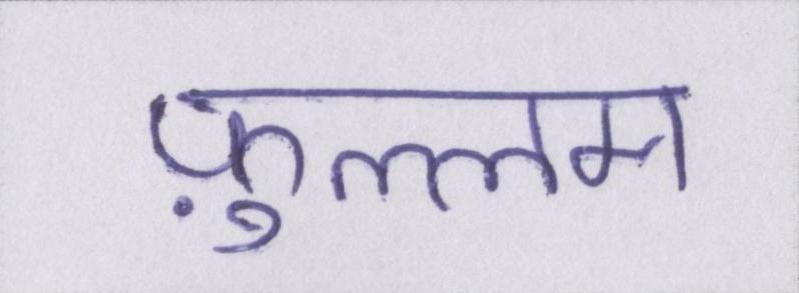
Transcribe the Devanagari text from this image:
फ़ुल्लम